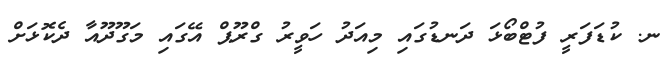
ނ. ކުޑަފަރީ ފުޓްބޯޅަ ދަނޑުގައި މިއަދު ހަވީރު ގްރޫޕް އޭގައި މަގޫދޫއާ ދެކޮޅަށް